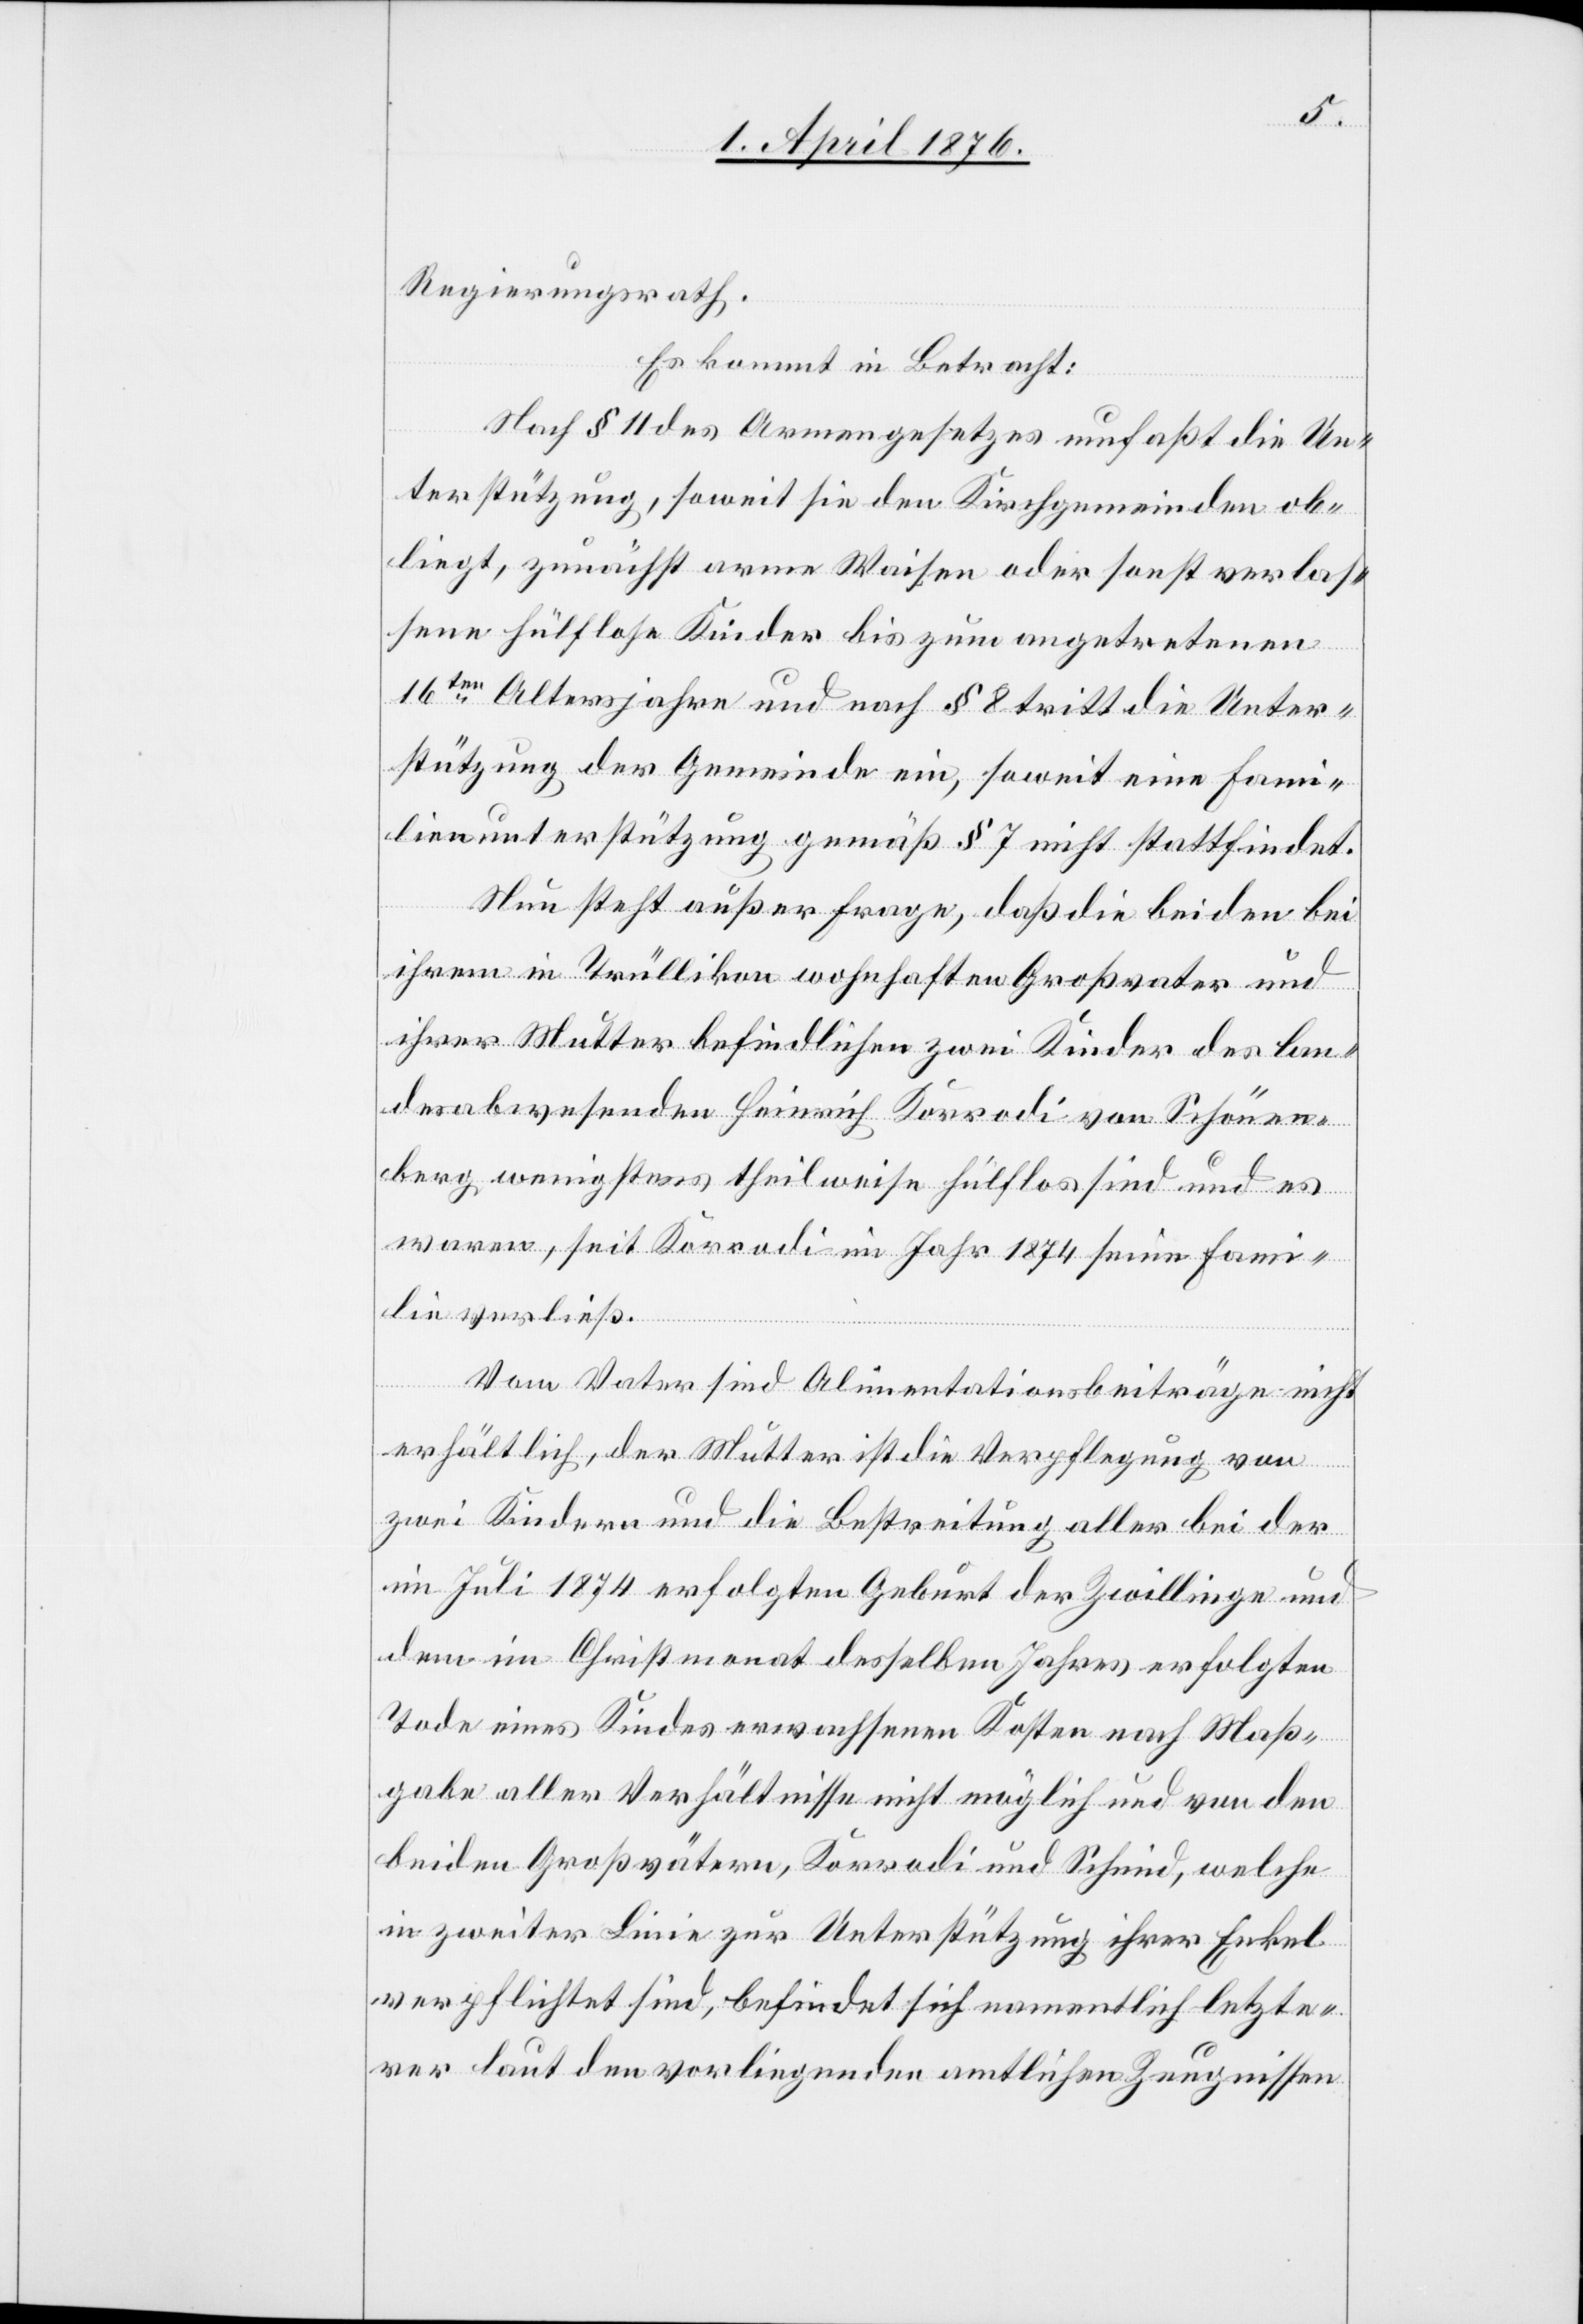
Regierungsrath.
Es kommt in Betracht:
Nach § 11 des Armengesetzes umfaßt die Un¬
terstützung, soweit sie den Kirchgemeinden ob¬
liegt, zunächst arme Waisen oder sonst verlas¬
sene hülflose Kinder bis zum angetretenen
16ten Altersjahre und nach § 8 tritt die Unter¬
stützung der Gemeinde ein, soweit eine Fami¬
lienunterstützung gemäß § 7 nicht stattfindet.
Nun steht außer Frage, daß die beiden bei
ihrem in Trüllikon wohnhaften Großvater und
ihrer Mutter befindlichen zwei Kinder des lan¬
desabwesenden Heinrich Korrodi von Schönen¬
berg, wenigsten theilweise hülflos sind und es
waren, seit Korrodi im Jahr 1874 seine Fami¬
lie verließ.
Vom Vater sind Alimentationsbeiträge nicht
erhältlich, der Mutter ist die Verpflegung von
zwei Kindern und die Bestreitung aller bei der
im Juli 1874 erfolgten Geburt der Zwillinge und
dem im Christmonat desselben Jahres erfolgten
Tode eines Kindes erwachsenen Kosten nach Maß¬
gabe aller Verhältnisse nicht möglich und von den
beiden Großvätern, Korrodi und Schmid, welche
in zweiter Linie zur Unterstützung ihrer Enkel
verpflichtet sind, befindet sich namentlich letzte¬
rer laut den vorliegenden amtlichen Zeugnissen